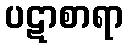
ပဋာစာရာ